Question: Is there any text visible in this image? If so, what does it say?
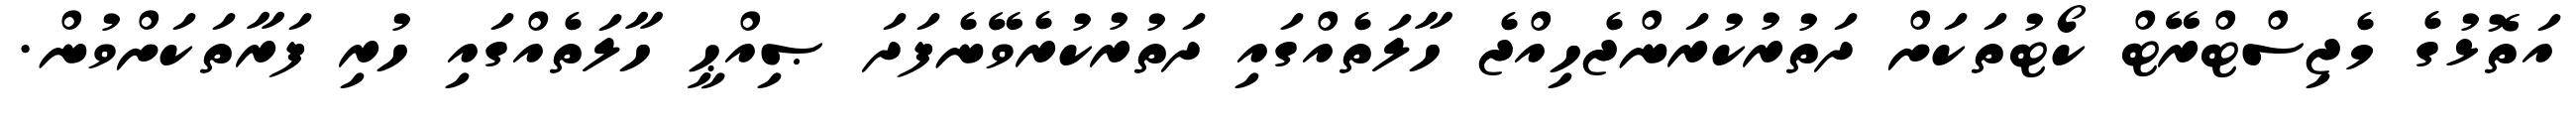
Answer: އަތޮޅުގެ މެޖިސްޓްރޭޓް ކޯޓުތަކަށް ދަތުރުކުރަންޖެހިއްޖެ ހާލަތެއްގައި ދަތުރުކުރެވޭނެފަދަ ޞިއްޙީ ހާލަތެއްގައި ހުރި ފަރާތަކަށްވުން.